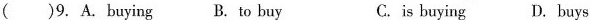
( )9. A. Buying B. To buy C.is buying D. Buys